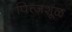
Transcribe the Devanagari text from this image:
पित्त्जशूळ